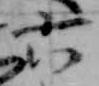
六